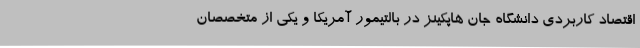
اقتصاد کاربردی دانشگاه جان هاپکینز در بالتیمور آمریکا و یکی از متخصصان